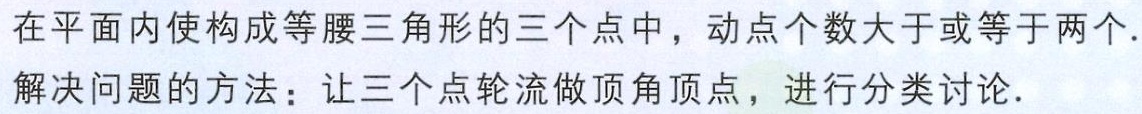
在平面内使构成等腰三角形的三个点中，动点个数大于或等于两个.

解决问题的方法：让三个点轮流做顶角顶点，进行分类讨论.